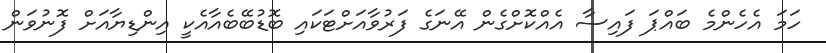
ހަމަ އެހެންމެ ބައްޕަ ފައިސާ އެއްކޮށްގެން އޭނަގެ ފަރުވާއަށްޓަކައި ބޮޑުބޭބެއާއެކީ އިންޑިޔާއަށް ފޮނުވަން